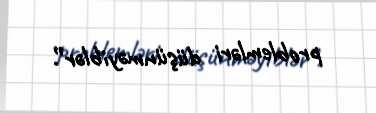
problemləri düşünməyiblər”.